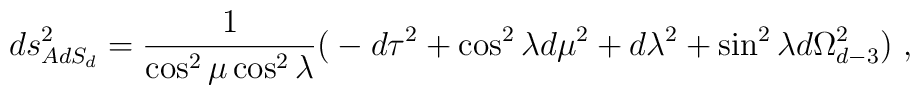
ds^2_{AdS_d} = {1\over \cos^2\mu\cos^2\lambda}  \big( -d\tau^2 + \cos^2\lambda d\mu^2 +   d\lambda^2 +\sin^2\lambda d\Omega_{d-3}^2\big)\ ,